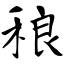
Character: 稂